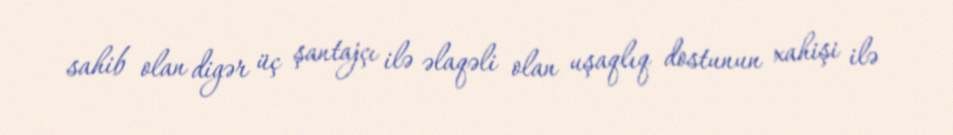
sahib olan digər üç şantajçı ilə əlaqəli olan uşaqlıq dostunun xahişi ilə